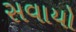
સવાયો